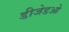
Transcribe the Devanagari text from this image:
डीजेडओ